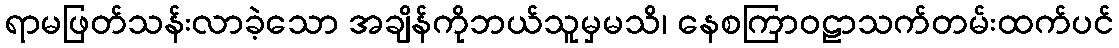
ရာမဖြတ်သန်းလာခဲ့သော အချိန်ကိုဘယ်သူမှမသိ၊ နေစကြာဝဠာသက်တမ်းထက်ပင်